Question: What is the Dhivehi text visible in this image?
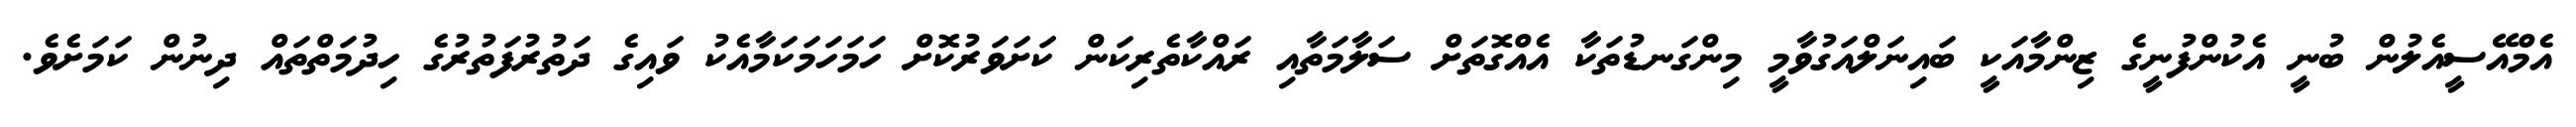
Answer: އެމްއޭސީއެލުން ބުނީ އެކުންފުނީގެ ޒިންމާއަކީ ބައިނަލްއަގުވާމީ މިންގަނޑުތަކާ އެއްގޮތަށް ސަލާމަތާއި ރައްކާތެރިކަން ކަށަވަރުކޮށް ހަމަހަމަކަމާއެކު ވައިގެ ދަތުރުފަތުރުގެ ހިދުމަތްތައް ދިނުން ކަމަށެވެ.